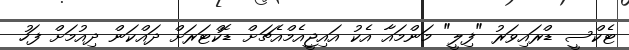
ޓެކްސީ ޑްރައިވަރު "ފިލީ" މަންމައާ އެކު އައިޖީއެމްއެޗަށް ޑޮކްޓަރަށް ދައްކަން ދިއުމަށް ފަހު